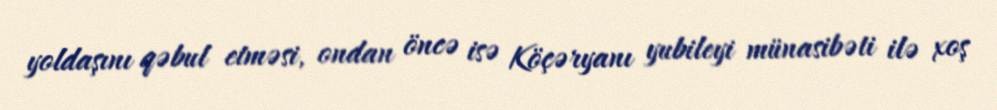
yoldaşını qəbul etməsi, ondan öncə isə Köçəryanı yubileyi münasibəti ilə xoş